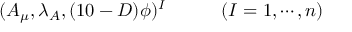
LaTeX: ( A _ { \mu } , \lambda _ { A } , ( 1 0 - D ) \phi ) ^ { I } \qquad \quad ( I = 1 , \cdots , n )